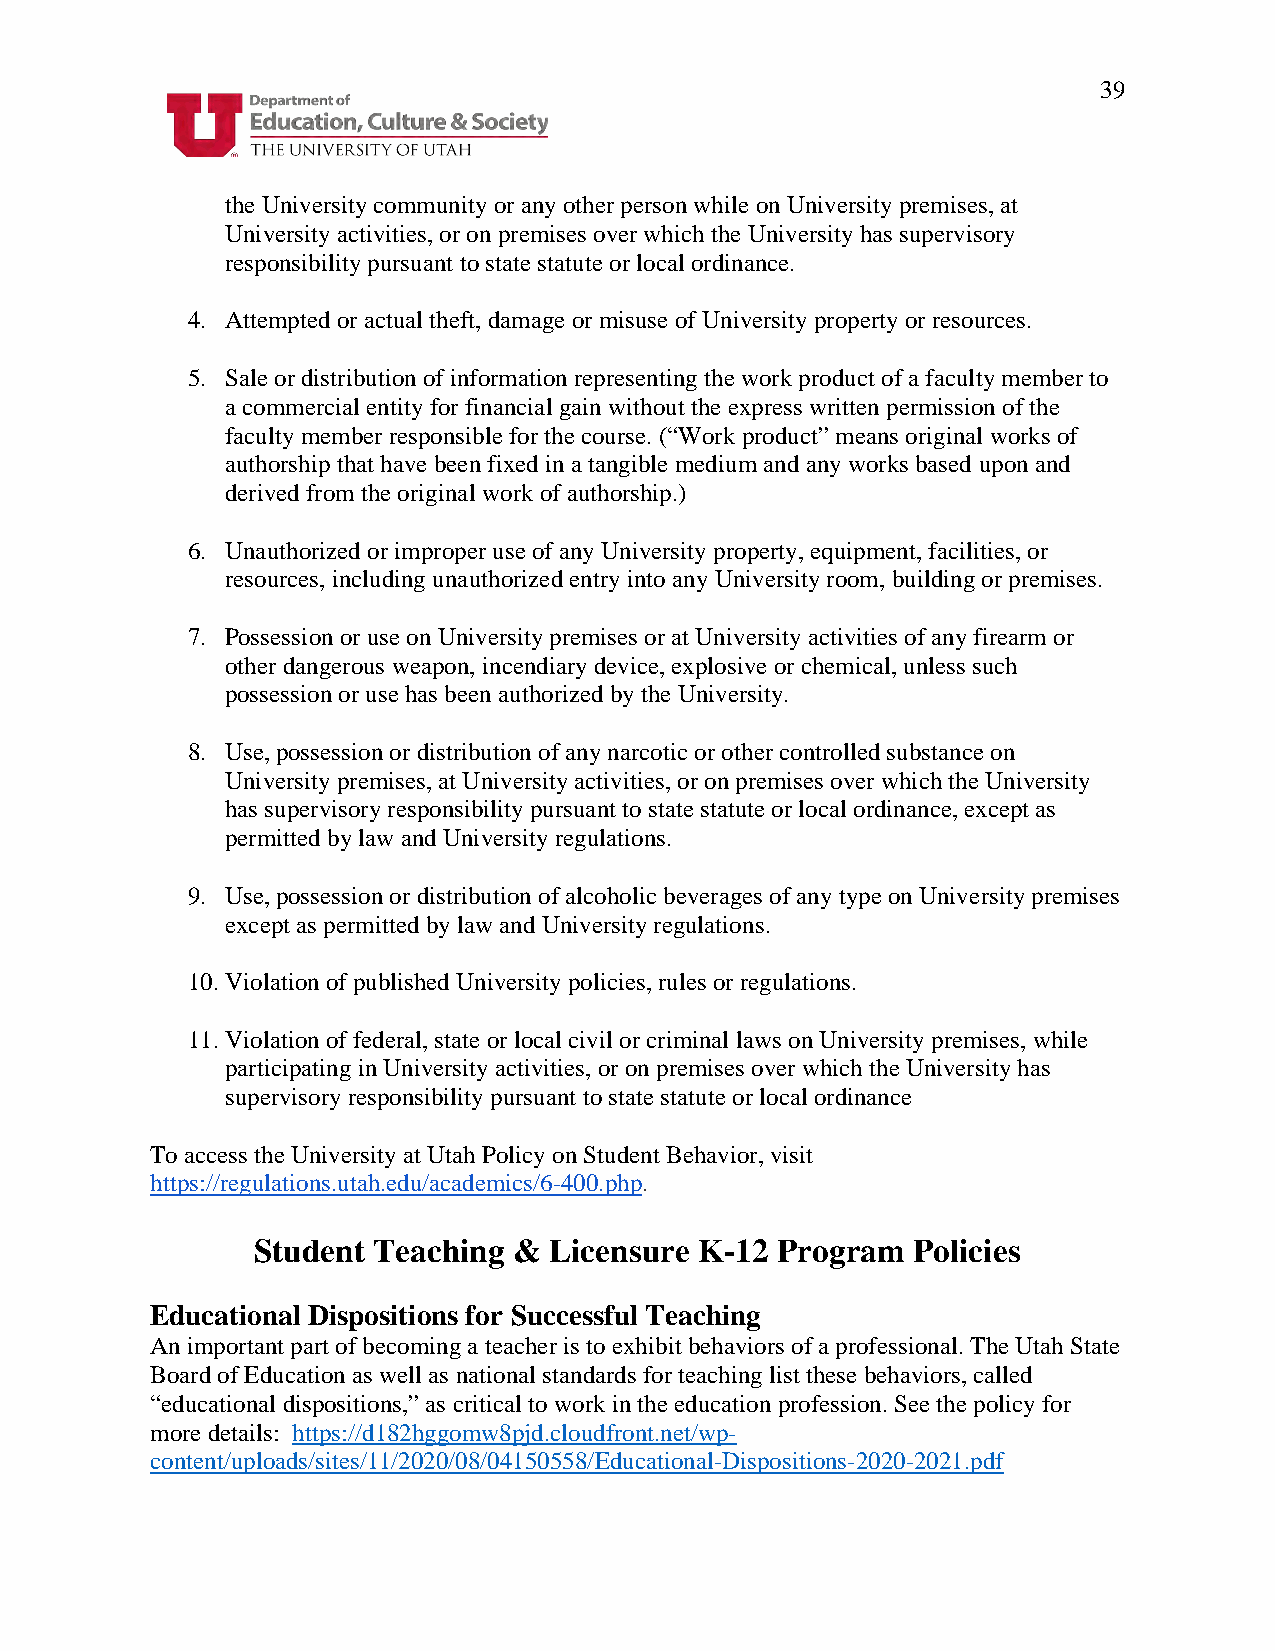
39
 the University community or any other person while on University premises, at
 University activities, or on premises over which the University has supervisory
 responsibility pursuant to state statute or local ordinance.
 4. Attempted or actual theft, damage or misuse of University property or resources.
 5. Sale or distribution of information representing the work product of a faculty member to
 a commercial entity for financial gain without the express written permission of the
 faculty member responsible for the course. (“Work product” means original works of
 authorship that have been fixed in a tangible medium and any works based upon and
 derived from the original work of authorship.)
 6. Unauthorized or improper use of any University property, equipment, facilities, or
 resources, including unauthorized entry into any University room, building or premises.
 7. Possession or use on University premises or at University activities of any firearm or
 other dangerous weapon, incendiary device, explosive or chemical, unless such
 possession or use has been authorized by the University.
 8. Use, possession or distribution of any narcotic or other controlled substance on
 University premises, at University activities, or on premises over which the University
 has supervisory responsibility pursuant to state statute or local ordinance, except as
 permitted by law and University regulations.
 9. Use, possession or distribution of alcoholic beverages of any type on University premises
 except as permitted by law and University regulations.
 10. Violation of published University policies, rules or regulations.
 11. Violation of federal, state or local civil or criminal laws on University premises, while
 participating in University activities, or on premises over which the University has
 supervisory responsibility pursuant to state statute or local ordinance
 To access the University at Utah Policy on Student Behavior, visit
 https://regulations.utah.edu/academics/6-400.php.
 Student Teaching & Licensure K-12 Program  Policies
 Educational Dispositions for Successful Teaching
 An important part of becoming a teacher is to exhibit behaviors of a professional. The Utah State
 Board of Education as well as national standards for teaching list these behaviors, called
 “educational dispositions,” as critical to work in the education profession. See the policy for
 more details: https://d182hggomw8pjd.cloudfront.net/wp-
 content/uploads/sites/11/2020/08/04150558/Educational-Dispositions-2020-2021.pdf